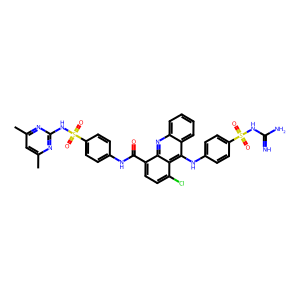
SMILES: Cc1cc(C)nc(NS(=O)(=O)c2ccc(NC(=O)c3ccc(Cl)c4c(Nc5ccc(S(=O)(=O)NC(=N)N)cc5)c5ccccc5nc34)cc2)n1
Inhibits HIV replication: No